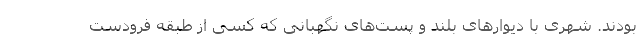
بودند. شهری با دیوارهای بلند و پست‌های نگهبانی که کسی از طبقه فرودست